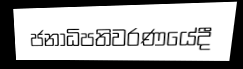
ජනාධිපතිවරණයේදී